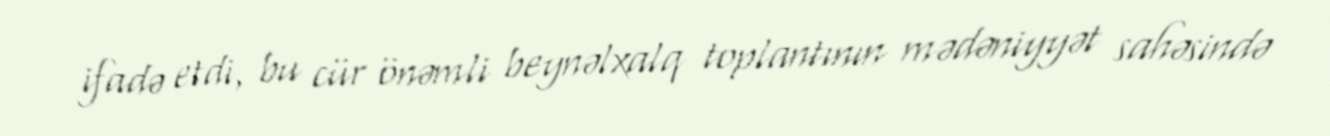
ifadə etdi, bu cür önəmli beynəlxalq toplantının mədəniyyət sahəsində